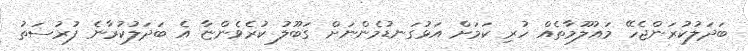
ބަދަލުކުރަންޖެހޭ މައުލޫމާތެއް ހުރި ކަމަށް އަޅުގަނޑުމެންނަށް ގަބޫލު ކުރެވެންޏާ އެ ބަދަލުކުރާނެ ފުރުސަތު